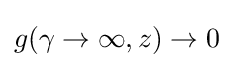
g(\gamma \to \infty ,z)\to 0